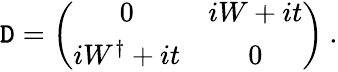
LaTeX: {\cal\mathtt{D}}=\left(\begin{array}{cc}{{0}}&{{iW+it}}\\ {{iW^{\dagger}+it}}&{{0}}\end{array}\right)\: .